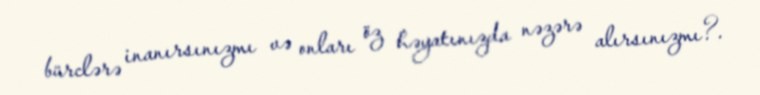
bürclərə inanırsınızmı və onları öz həyatınızda nəzərə alırsınızmı?.